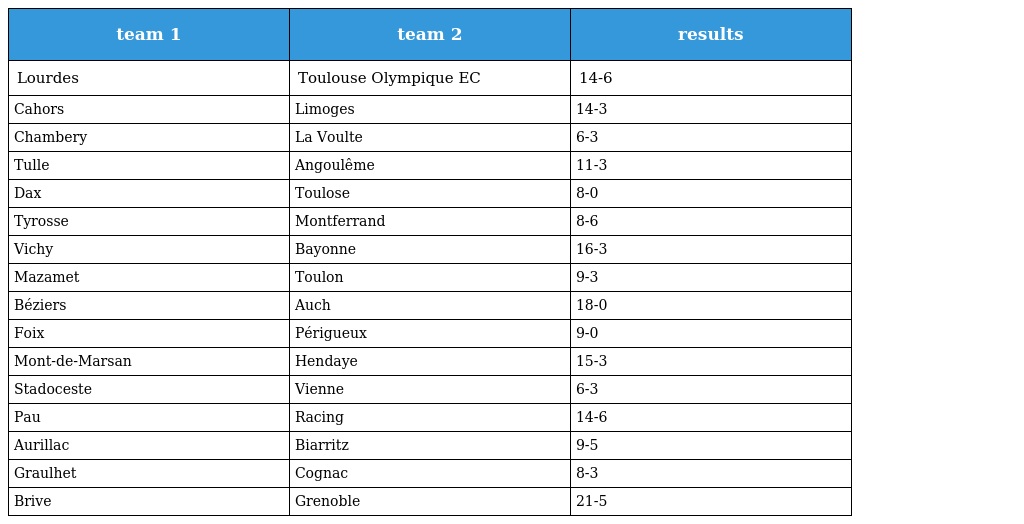
| team 1 | team 2 | results |
 | --- | --- | --- |
 | Lourdes | Toulouse Olympique EC | 14-6 |
 | Cahors | Limoges | 14-3 |
 | Chambery | La Voulte | 6-3 |
 | Tulle | Angoulême | 11-3 |
 | Dax | Toulose | 8-0 |
 | Tyrosse | Montferrand | 8-6 |
 | Vichy | Bayonne | 16-3 |
 | Mazamet | Toulon | 9-3 |
 | Béziers | Auch | 18-0 |
 | Foix | Périgueux | 9-0 |
 | Mont-de-Marsan | Hendaye | 15-3 |
 | Stadoceste | Vienne | 6-3 |
 | Pau | Racing | 14-6 |
 | Aurillac | Biarritz | 9-5 |
 | Graulhet | Cognac | 8-3 |
 | Brive | Grenoble | 21-5 |